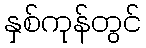
နှစ်ကုန်တွင်